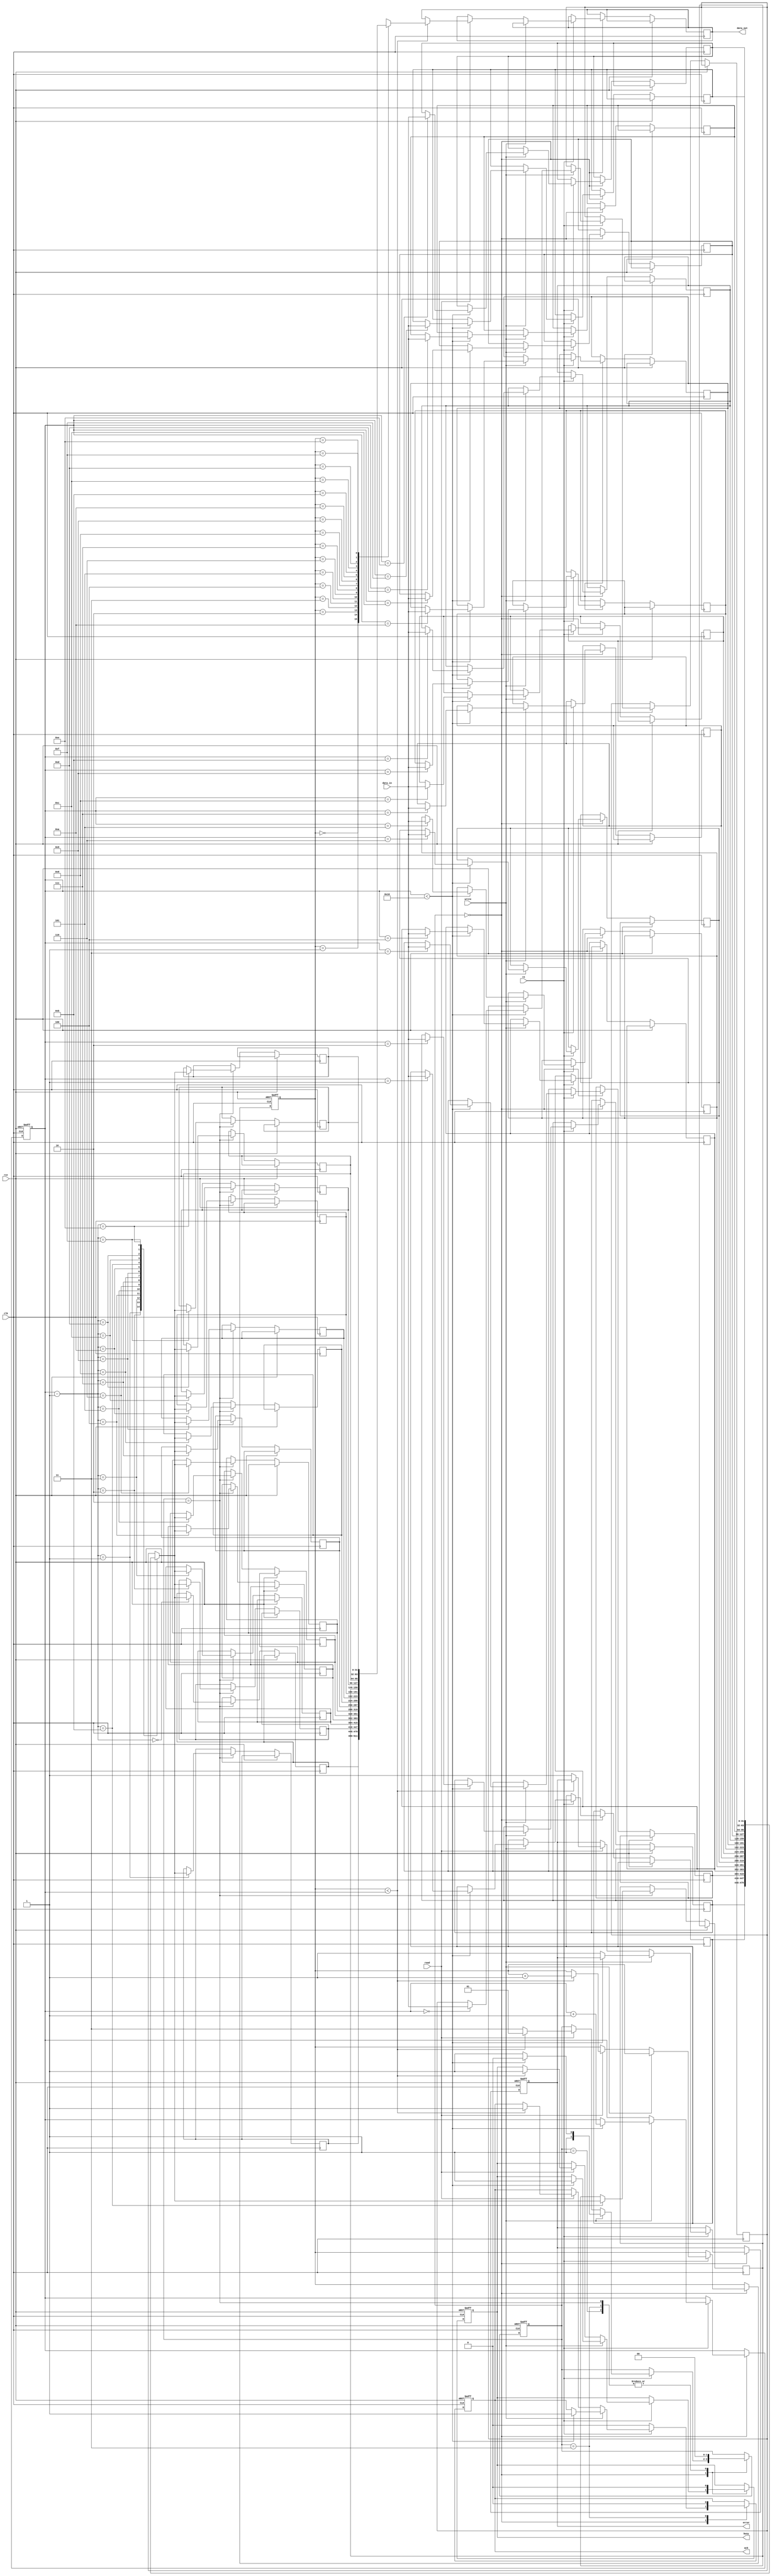
module SSD_IO_Block (
    input wire clk,                // System clock
    input wire rst,                // Reset signal
    input wire cs,                 // Chip select
    input wire read,               // Read command
    input wire write,              // Write command
    input wire [31:0] data_in,     // Data input from host
    output wire [31:0] data_out,   // Data output to host
    output wire ack,               // Acknowledge signal
    output wire busy,              // Busy status
    output wire error              // Error signal
);

// Parameters
parameter BUFFER_SIZE = 16;      // Size of FIFO buffers
parameter IDLE = 2'b00, READ_OP = 2'b01, WRITE_OP = 2'b10, ERROR_OP = 2'b11;

reg [31:0] input_buffer [0:BUFFER_SIZE-1]; // Input buffer FIFO
reg [31:0] output_buffer [0:BUFFER_SIZE-1]; // Output buffer FIFO
reg [3:0] write_ptr, read_ptr;             // Pointers for FIFO
reg [1:0] state;                            // State machine
reg ack_reg;                                // Register for acknowledge
reg busy_reg;                               // Register for busy status
reg error_reg;                              // Register for error

// Control Logic
always @(posedge clk or posedge rst) begin
    if (rst) begin
        write_ptr <= 0;
        read_ptr <= 0;
        state <= IDLE;
        ack_reg <= 0;
        busy_reg <= 0;
        error_reg <= 0;
    end else begin
        case (state)
            IDLE: begin
                if (cs) begin
                    if (write) begin
                        if (write_ptr < BUFFER_SIZE) begin
                            input_buffer[write_ptr] <= data_in;
                            write_ptr <= write_ptr + 1;
                            ack_reg <= 1;
                            busy_reg <= 1;
                            state <= WRITE_OP;
                        end else begin
                            error_reg <= 1; // Buffer overflow
                            state <= ERROR_OP;
                        end
                    end else if (read) begin
                        if (read_ptr < write_ptr) begin
                            data_out <= output_buffer[read_ptr];
                            read_ptr <= read_ptr + 1;
                            ack_reg <= 1;
                            busy_reg <= 1;
                            state <= READ_OP;
                        end else begin
                            error_reg <= 1; // No data to read
                            state <= ERROR_OP;
                        end
                    end
                end else begin
                    ack_reg <= 0; // No operation
                end
            end

            WRITE_OP: begin
                // Simulate writing data to NAND flash (not implemented)
                // For simulation purposes, transfer data to output buffer
                output_buffer[write_ptr - 1] <= input_buffer[write_ptr - 1];
                busy_reg <= 0; // Write operation finished
                state <= IDLE;
            end

            READ_OP: begin
                // Simulate reading data from NAND flash (not implemented)
                busy_reg <= 0; // Read operation finished
                state <= IDLE;
            end

            ERROR_OP: begin
                ack_reg <= 0; // Acknowledge error
                busy_reg <= 0; // No operation
                state <= IDLE;
            end
            
            default: state <= IDLE;
        endcase
    end
end

assign ack = ack_reg;
assign busy = busy_reg;
assign error = error_reg;

endmodule